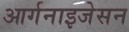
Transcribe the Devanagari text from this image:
आर्गनाइजेसन